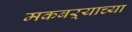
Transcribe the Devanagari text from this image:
मकबऱ्याच्या